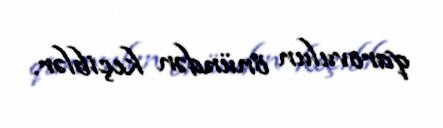
qarovulun önündən keçiblər.